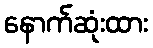
နောက်ဆုံးထား